Annual administration report of the Civil Veterinary Department of India - 1897-1898
Year: 1897
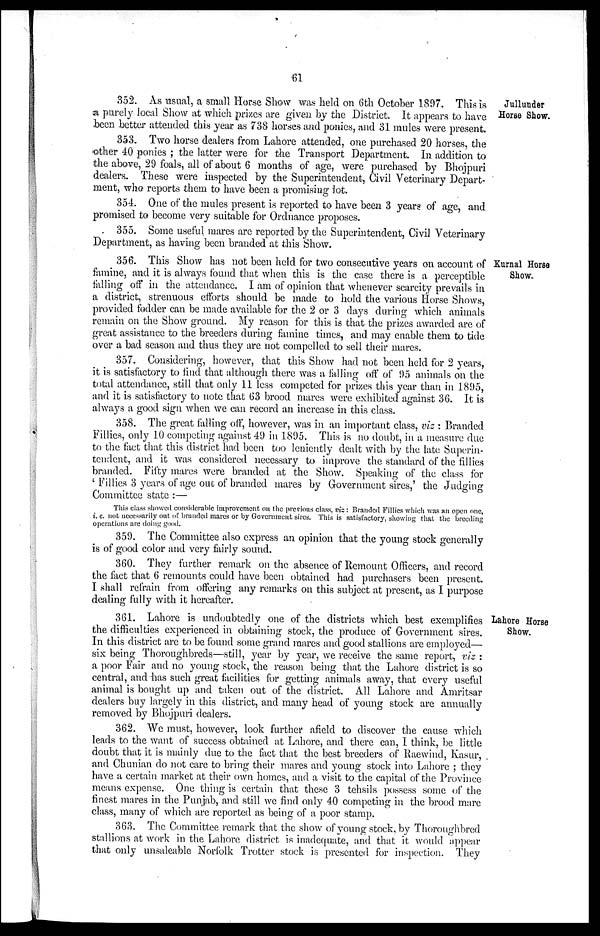
61
Jullunder
Horse Show.
352. As usual, a small Horse Show was held on 6th October 1897. This is
a purely local Show at which prizes are given by the District. It appears to have
been better attended this year as 738 horses and ponies, and 31 mules were present.
353. Two horse dealers from Lahore attended, one purchased 20 horses, the
other 40 ponies; the latter were for the Transport Department. In addition to
the above, 29 foals, all of about 6 months of age, were purchased by Bhojpuri
dealers. These were inspected by the Superintendent, Civil Veterinary Depart-
ment, who reports them to have been a promising lot.
354. One of the mules present is reported to have been 3 years of age, and
promised to become very suitable for Ordnance proposes.
355. Some useful mares are reported by the Superintendent, Civil Veterinary
Department, as having been branded at this Show.
Kurnal Horse
Show.
356. This Show has not been held for two consecutive years on account of
famine, and it is always found that when this is the case there is a perceptible
falling off in the attendance. I am of opinion that whenever scarcity prevails in
a district, strenuous efforts should be made to hold the various Horse Shows,
provided fodder can be made available for the 2 or 3 days during which animals
remain on the Show ground. My reason for this is that the prizes awarded are of
great assistance to the breeders during famine times, and may enable them to tide
over a bad season and thus they are not compelled to sell their mares.
357. Considering, however, that this Show had not been held for 2 years,
it is satisfactory to find that although there was a falling off of 95 animals on the
total attendance, still that only 11 less competed for prizes this year than in 1895,
and it is satisfactory to note that 63 brood mares were exhibited against 36. It is
always a good sign when we can record an increase in this class.
358. The great falling off, however, was in an important class, viz: Branded
Fillies, only 10 competing against 49 in 1895. This is no doubt, in a measure due
to the fact that this district had been too leniently dealt with by the late Superin-
tendent, and it was considered necessary to improve the standard of the fillies
branded. Fifty mares were branded at the Show. Speaking of the class for
'Fillies 3 years of age out of branded mares by Government sires,' the Judging
Committee state:—
This class showed considerable improvement on the previous class, viz: Branded Fillies which was an open one,
i. c. not necessarily out of branded mares or by Government sires. This is satisfactory, showing that the breeding
operations are doing good.
359. The Committee also express an opinion that the young stock generally
is of good color and very fairly sound.
360. They further remark on the absence of Remount Officers, and record
the fact that 6 remounts could have been obtained had purchasers been present.
I shall refrain from offering any remarks on this subject at present, as I purpose
dealing fully with it hereafter.
Lahore Horse
Show.
361. Lahore is undoubtedly one of the districts which best exemplifies
the difficulties experienced in obtaining stock, the produce of Government sires.
In this district are to be found some grand mares and good stallions are employed—
six being Thoroughbreds—still, year by year, we receive the same report, viz:
a poor Fair and no young stock, the reason being that the Lahore district is so
central, and has such great facilities for getting animals away, that every useful
animal is bought up and taken out of the district. All Lahore and Amritsar
dealers buy largely in this district, and many head of young stock are annually
removed by Bhojpuri dealers.
362. We must, however, look further afield to discover the cause which
leads to the want of success obtained at Lahore, and there can, I think, be little
doubt that it is mainly due to the fact that the best breeders of Raewind, Kasur,
and Chunian do not care to bring their mares and young stock into Lahore; they
have a certain market at their own homes, and a visit to the capital of the Province
means expense. One thing is certain that these 3 tehsils possess some of the
finest mares in the Punjab, and still we find only 40 competing in the brood mare
class, many of which are reported as being of a poor stamp.
363. The Committee remark that the show of young stock, by Thoroughbred
stallions at work in the Lahore district is inadequate, and that it would appear
that only unsaleable Norfolk Trotter stock is presented for inspection. They